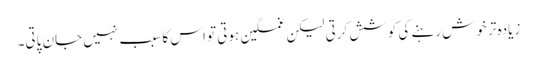
زیادہ تر خوش رہنے کی کوشش کرتی لیکن غمگین ہوتی تو اس کا سبب نہیں جان پاتی۔